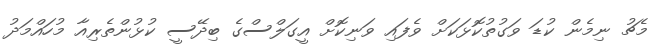
މެޗު ނިމެން ކުޑަ ވަގުތުކޮޅަކަށް ވެފައި ވަނިކޮށް އީގަލްސްގެ ބިދޭސީ ކުޅުންތެރިއާ މުހައްމަދު